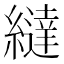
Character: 繨